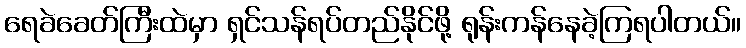
ရေခဲခေတ်ကြီးထဲမှာ ရှင်သန်ရပ်တည်နိုင်ဖို့ ရုန်းကန်နေခဲ့ကြရပါတယ်။